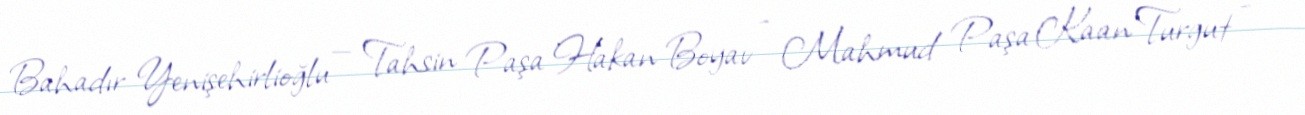
Bahadır Yenişehirlioğlu — Tahsin Paşa Hakan Boyav - Mahmud Paşa Kaan Turgut -